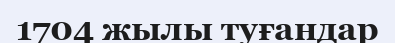
1704 жылы туғандар